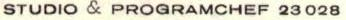
STUDIO & PROGRAMCHEF 23 028